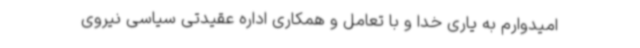
امیدوارم به یاری خدا و با تعامل و همکاری اداره عقیدتی سیاسی نیروی